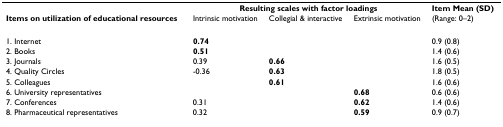
|  | <COLSPAN=3> Resulting scales with factor loadings | Item Mean (SD) |
 | Items on utilization of educational resources | Intrinsic motivation | Collegial & interactive | Extrinsic motivation | (Range: 0–2) |
 | --- | --- | --- | --- | --- |
 | 1. Internet | 0.74 |  |  | 0.9 (0.8) |
 | 2. Books | 0.51 |  |  | 1.4 (0.6) |
 | 3. Journals | 0.39 | 0.66 |  | 1.6 (0.5) |
 | 4. Quality Circles | -0.36 | 0.63 |  | 1.8 (0.5) |
 | 5. Colleagues |  | 0.61 |  | 1.6 (0.6) |
 | 6. University representatives |  |  | 0.68 | 0.6 (0.6) |
 | 7. Conferences | 0.31 |  | 0.62 | 1.4 (0.6) |
 | 8. Pharmaceutical representatives | 0.32 |  | 0.59 | 0.9 (0.7) |